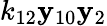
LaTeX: k_{12}\mathbf{y}_{10}\mathbf{y}_{2}